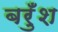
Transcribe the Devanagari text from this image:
बरुँश